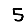
Digit: 5